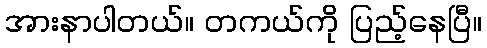
အားနာပါတယ်။ တကယ်ကို ပြည့်နေပြီ။